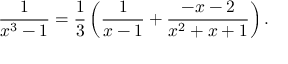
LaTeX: { \frac { 1 } { x ^ { 3 } - 1 } } = { \frac { 1 } { 3 } } \left( { \frac { 1 } { x - 1 } } + { \frac { - x - 2 } { x ^ { 2 } + x + 1 } } \right) .